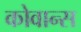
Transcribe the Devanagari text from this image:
कोवान्स